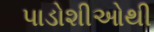
પાડોશીઓથી